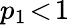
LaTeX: p_{1}\! <\! 1